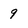
Character: 9